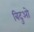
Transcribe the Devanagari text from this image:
बिदुओ